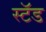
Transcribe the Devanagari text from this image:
स्‍टॅड